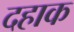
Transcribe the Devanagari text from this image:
दहाक